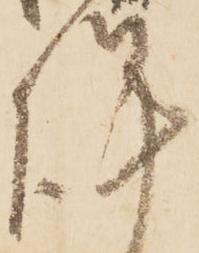
謹